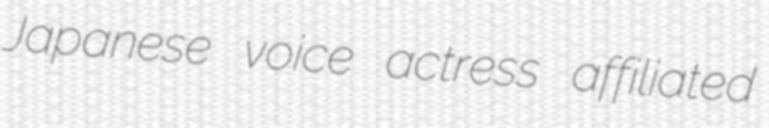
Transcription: Japanese voice actress affiliated